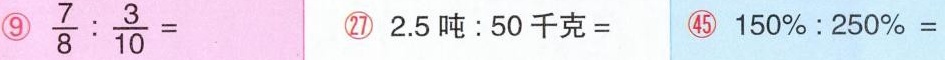
⑨$$\frac { 7 } { 8 } : \frac { 3 } { 1 0 } =$$ ㉗ $$2 . 5 吨 ： 5 0 千 克 =$$ ㊺ $$1 5 0 \% ： 2 5 0 \% =$$